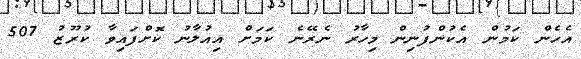
އެހެން ކަމުން އެކުންފުނިން މިހާރު ނެރޭނެ ކަމަށް އިއުލާނު ކޮށްފައިވާ ކުރޫޒު 507